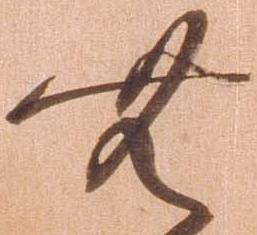
無